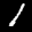
Label: 1